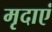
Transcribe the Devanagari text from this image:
मृदाएं